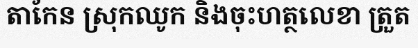
តាកែន ស្រុកឈូក និងចុះហត្ថលេខា ត្រួត